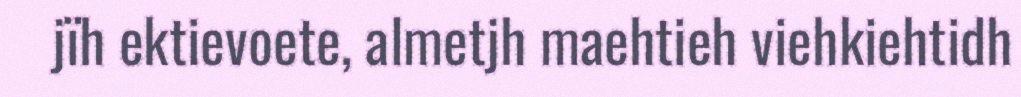
jïh ektievoete, almetjh maehtieh viehkiehtidh